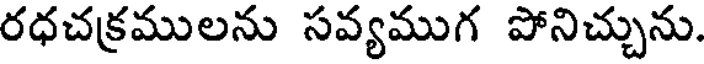
రధచక్రములను సవ్యముగ పోనిచ్చును.